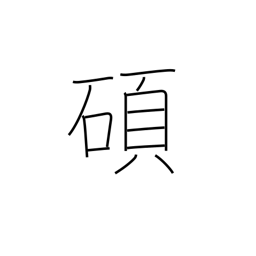
Meaning: eminent